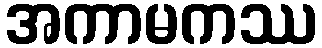
အကာမကဿ